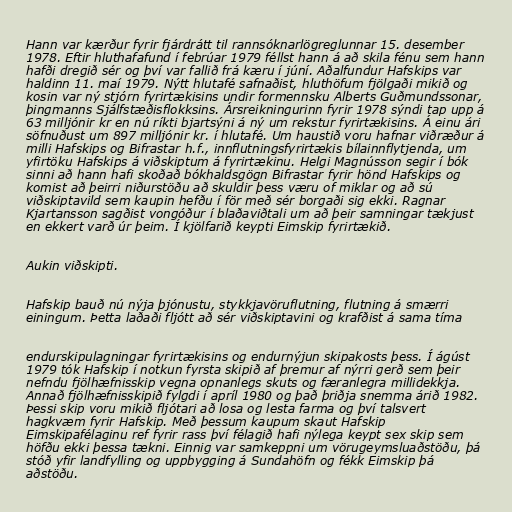
Hann var kærður fyrir fjárdrátt til rannsóknarlögreglunnar 15. desember
1978. Eftir hluthafafund í febrúar 1979 féllst hann á að skila fénu sem hann
hafði dregið sér og því var fallið frá kæru í júní. Aðalfundur Hafskips var
haldinn 11. maí 1979. Nýtt hlutafé safnaðist, hluthöfum fjölgaði mikið og
kosin var ný stjórn fyrirtækisins undir formennsku Alberts Guðmundssonar,
þingmanns Sjálfstæðisflokksins. Ársreikningurinn fyrir 1978 sýndi tap upp á
63 milljónir kr en nú ríkti bjartsýni á ný um rekstur fyrirtækisins. Á einu ári
söfnuðust um 897 milljónir kr. í hlutafé. Um haustið voru hafnar viðræður á
milli Hafskips og Bifrastar h.f., innflutningsfyrirtækis bílainnflytjenda, um
yfirtöku Hafskips á viðskiptum á fyrirtækinu. Helgi Magnússon segir í bók
sinni að hann hafi skoðað bókhaldsgögn Bifrastar fyrir hönd Hafskips og
komist að þeirri niðurstöðu að skuldir þess væru of miklar og að sú
viðskiptavild sem kaupin hefðu í för með sér borgaði sig ekki. Ragnar
Kjartansson sagðist vongóður í blaðaviðtali um að þeir samningar tækjust
en ekkert varð úr þeim. Í kjölfarið keypti Eimskip fyrirtækið.

Aukin viðskipti.

Hafskip bauð nú nýja þjónustu, stykkjavöruflutning, flutning á smærri
einingum. Þetta laðaði fljótt að sér viðskiptavini og krafðist á sama tíma

endurskipulagningar fyrirtækisins og endurnýjun skipakosts þess. Í ágúst
1979 tók Hafskip í notkun fyrsta skipið af þremur af nýrri gerð sem þeir
nefndu fjölhæfnisskip vegna opnanlegs skuts og færanlegra millidekkja.
Annað fjölhæfnisskipið fylgdi í apríl 1980 og það þriðja snemma árið 1982.
Þessi skip voru mikið fljótari að losa og lesta farma og því talsvert
hagkvæm fyrir Hafskip. Með þessum kaupum skaut Hafskip
Eimskipafélaginu ref fyrir rass því félagið hafi nýlega keypt sex skip sem
höfðu ekki þessa tækni. Einnig var samkeppni um vörugeymsluaðstöðu, þá
stóð yfir landfylling og uppbygging á Sundahöfn og fékk Eimskip þá
aðstöðu.